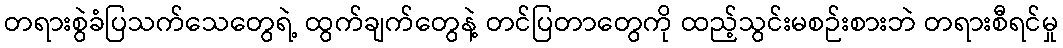
တရားစွဲခံပြသက်သေတွေရဲ့ ထွက်ချက်တွေနဲ့ တင်ပြတာတွေကို ထည့်သွင်းမစဉ်းစားဘဲ တရားစီရင်မှု